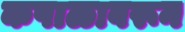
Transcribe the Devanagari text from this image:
कपाळावरून